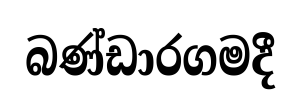
බණ්ඩාරගමදී